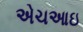
એચઆઇ